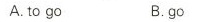
A.to go B.go